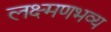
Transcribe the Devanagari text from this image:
लक्ष्मणभव्य